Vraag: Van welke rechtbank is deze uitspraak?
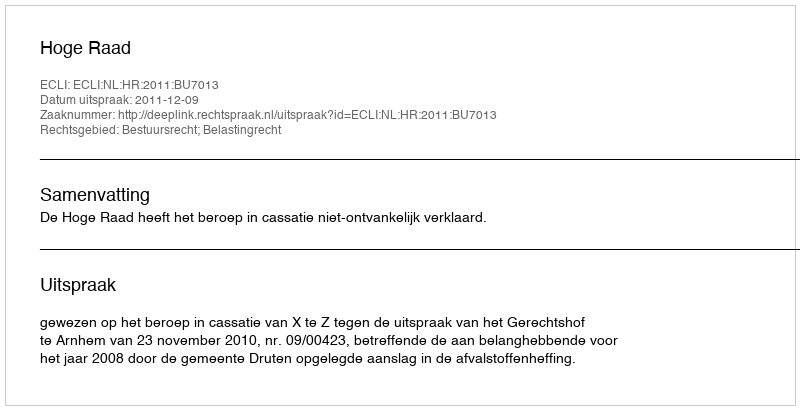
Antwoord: Hoge Raad